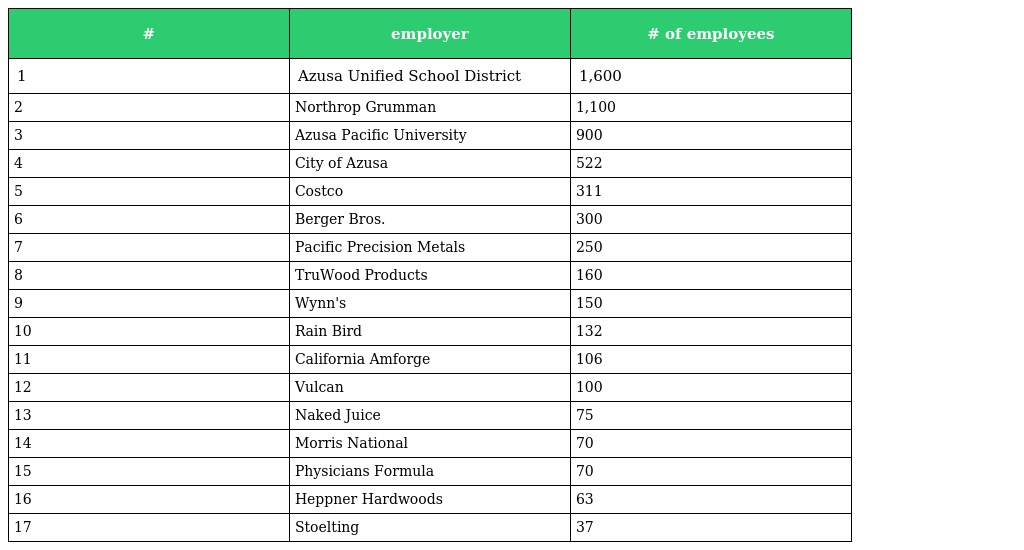
| # | employer | # of employees |
 | --- | --- | --- |
 | 1 | Azusa Unified School District | 1,600 |
 | 2 | Northrop Grumman | 1,100 |
 | 3 | Azusa Pacific University | 900 |
 | 4 | City of Azusa | 522 |
 | 5 | Costco | 311 |
 | 6 | Berger Bros. | 300 |
 | 7 | Pacific Precision Metals | 250 |
 | 8 | TruWood Products | 160 |
 | 9 | Wynn's | 150 |
 | 10 | Rain Bird | 132 |
 | 11 | California Amforge | 106 |
 | 12 | Vulcan | 100 |
 | 13 | Naked Juice | 75 |
 | 14 | Morris National | 70 |
 | 15 | Physicians Formula | 70 |
 | 16 | Heppner Hardwoods | 63 |
 | 17 | Stoelting | 37 |